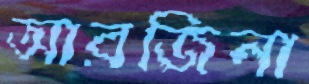
আরজিনা